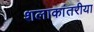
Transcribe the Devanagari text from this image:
शलाकांतरीया